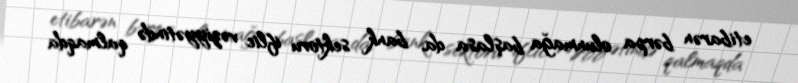
etibarən bərpa olunmağa başlasa da, bank sektoru iflic vəziyyətində qalmaqda